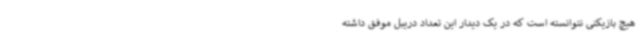
هیچ بازیکنی نتوانسته است که در یک دیدار این تعداد دریبل موفق داشته